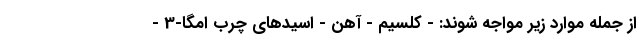
از جمله موارد زیر مواجه شوند: - کلسیم - آهن - اسیدهای چرب امگا-3 -